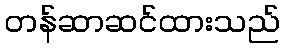
တန်ဆာဆင်ထားသည်